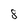
Character: 8